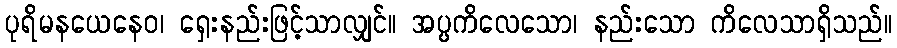
ပုရိမနယေနေဝ၊ ရှေးနည်းဖြင့်သာလျှင်။ အပ္ပကိလေသော၊ နည်းသော ကိလေသာရှိသည်။